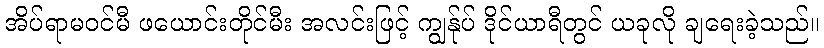
အိပ်ရာမဝင်မီ ဖယောင်းတိုင်မီး အလင်းဖြင့် ကျွန်ုပ် ဒိုင်ယာရီတွင် ယခုလို ချရေးခဲ့သည်။